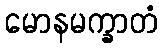
မောနမက္ခာတံ